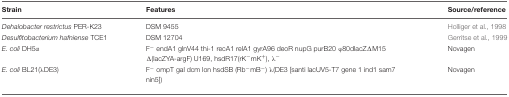
| Strain | Features | Source/reference |
 | --- | --- | --- |
 | Dehalobacter restrictus PER-K23 | DSM 9455 | Holliger et al., 1998 |
 | Desulfitobacterium hafniense TCE1 | DSM 12704 | Gerritse et al., 1999 |
 | E. coli DH5α | F- endA1 glnV44 thi-1 recA1 relA1 gyrA96 deoR nupG purB20 φ80dlacZΔM15 Δ(lacZYA-argF) U169, hsdR17(rK-mK+), λ- | Novagen |
 | E. coli BL21(λDE3) | F- ompT gal dcm lon hsdSB (Rb-mB-) λ(DE3 [santi lacUV5-T7 gene 1 ind1 sam7 nin5]) | Novagen |